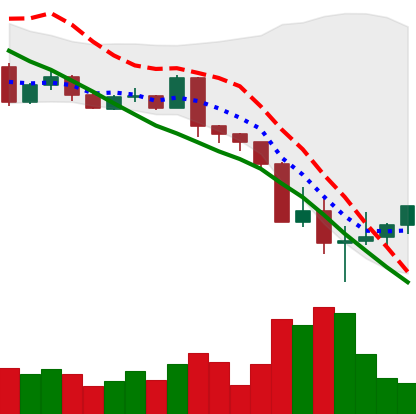
Ticker: BTC-USD
Chart end date: 2022-05-15
Forward return: -6.722%
Label: down_5_7